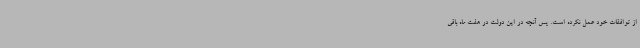
از توافقات خود عمل نکرده است. پس آنچه در این دولت در هفت ماه باقی